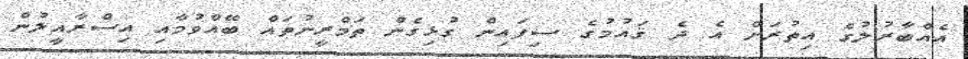
އެއްބާރުލުގެ އިތުރަށް އެ ދެ ޤައުމުގެ ސިފައިން ގުޅިގެން ތަމްރީނުތައް ބޭއްވުމާއި އިސްރާއީލުން